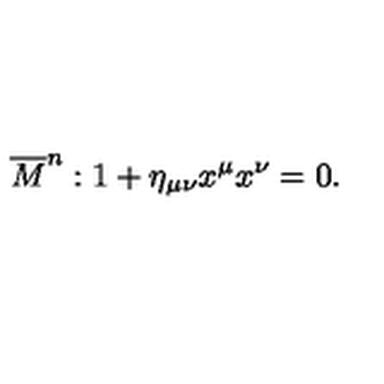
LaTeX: \overline { { M } } ^ { n } : 1 + \eta _ { \mu \nu } x ^ { \mu } x ^ { \nu } = 0 .